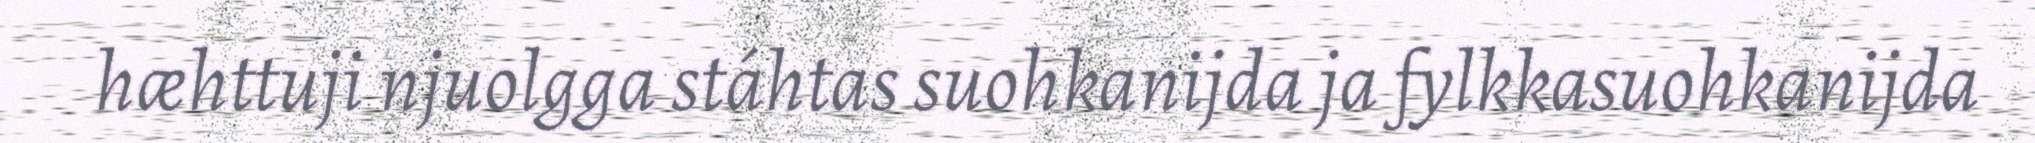
hæhttuji njuolgga stáhtas suohkanijda ja fylkkasuohkanijda